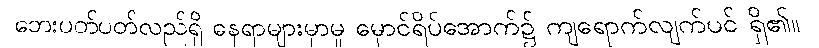
ဘေးပတ်ပတ်လည်ရှိ နေရာများမှာမူ မှောင်ရိပ်အောက်၌ ကျရောက်လျက်ပင် ရှိ၏။